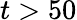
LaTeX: t>50